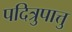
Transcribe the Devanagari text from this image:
पदित्रुपात्तु